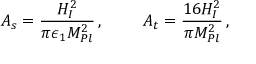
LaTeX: A _ { s } = { \frac { H _ { I } ^ { 2 } } { \pi \epsilon _ { 1 } M _ { P l } ^ { 2 } } } \, , \ \ \ \ \ \ \ A _ { t } = { \frac { 1 6 H _ { I } ^ { 2 } } { \pi M _ { P l } ^ { 2 } } } \, ,